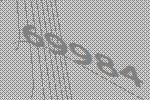
69984